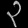
Digit: ၃